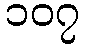
၁၀၇